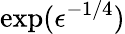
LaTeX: \exp(\epsilon^{-1/4})